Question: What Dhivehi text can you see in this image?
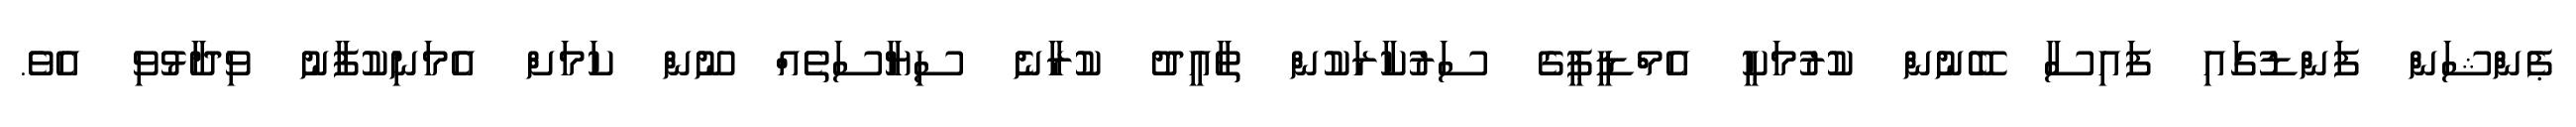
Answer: ޕެންޝަން ފަންޑުގައި ފައިސާ ބޭނުން ކުރުމަކީ އެމްޑީޕީގެ ސަރުކާރަކުން ތާއީދު ކުރާނެ ސިޔާސަތެއް ނޫން ކަމަށް އެމަނިކުފާނު ވިދާޅުވި އެވެ.